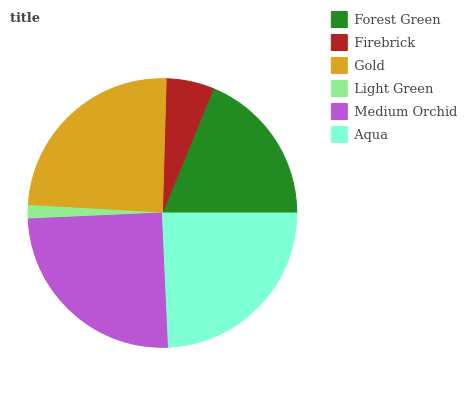
| Forest Green | Firebrick | Gold | Light Green | Medium Orchid | Aqua |
 | --- | --- | --- | --- | --- | --- |
 | 18.8% | 5.75% | 24.5% | 1.61% | 25% | 24.4% |